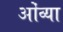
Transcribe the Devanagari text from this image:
ओंव्या